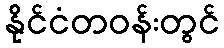
နိုင်ငံတဝန်းတွင်